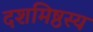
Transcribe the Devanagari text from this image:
दशमिष्ठस्य